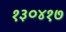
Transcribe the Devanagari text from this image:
१३०४१७